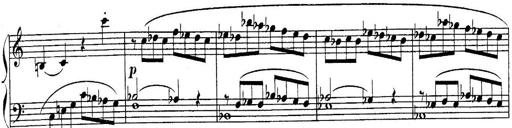
Title: Sonatina for Piano
Composer: BÃ©la BartÃ³k